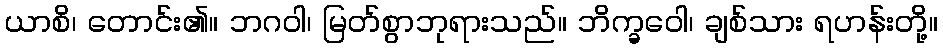
ယာစိ၊ တောင်း၏။ ဘဂဝါ၊ မြတ်စွာဘုရားသည်။ ဘိက္ခဝေါ၊ ချစ်သား ရဟန်းတို့။